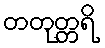
တတုတ္တရိ